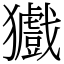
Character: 㺣